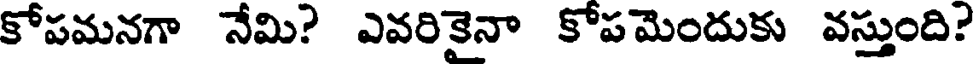
కోపమనగా నేమి? ఎవరికైనా కోపమెందుకు వస్తుంది?